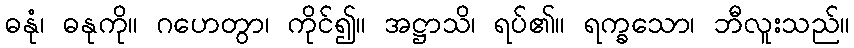
ဓနုံ၊ ဓနုကို။ ဂဟေတွာ၊ ကိုင်၍။ အဋ္ဌာသိ၊ ရပ်၏။ ရက္ခသော၊ ဘီလူးသည်။